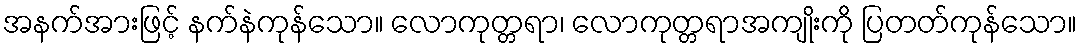
အနက်အားဖြင့် နက်နဲကုန်သော။ လောကုတ္တရာ၊ လောကုတ္တရာအကျိုးကို ပြတတ်ကုန်သော။